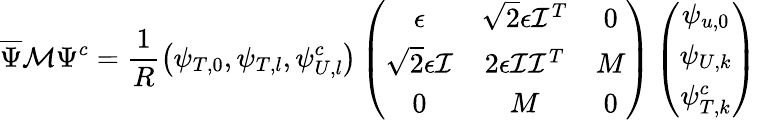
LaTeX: \overline{{{\Psi}}}\mathcal{M}\Psi^{c}=\frac{1}{R}\left(\psi_{T,0},\psi_{T,l},\psi_{U,l}^{c}\right)\left(\begin{array}{ccc}{{\epsilon}}&{{\sqrt{2}\epsilon\mathcal{I}^{T}}}&{{0}}\\ {{\sqrt{2}\epsilon\mathcal{I}}}&{{2\epsilon\mathcal{I}\mathcal{I}^{T}}}&{{M}}\\ {{0}}&{{M}}&{{0}}\end{array}\right)\left(\begin{array}{c}{{\psi_{u,0}}}\\ {{\psi_{U,k}}}\\ {{\psi_{T,k}^{c}}}\end{array}\right)